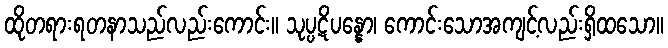
ထိုတရားရတနာသည်လည်းကောင်း။ သုပ္ပဋိပန္နော၊ ကောင်းသောအကျင့်လည်းရှိထသော။